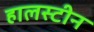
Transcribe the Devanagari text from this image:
हालस्टीन